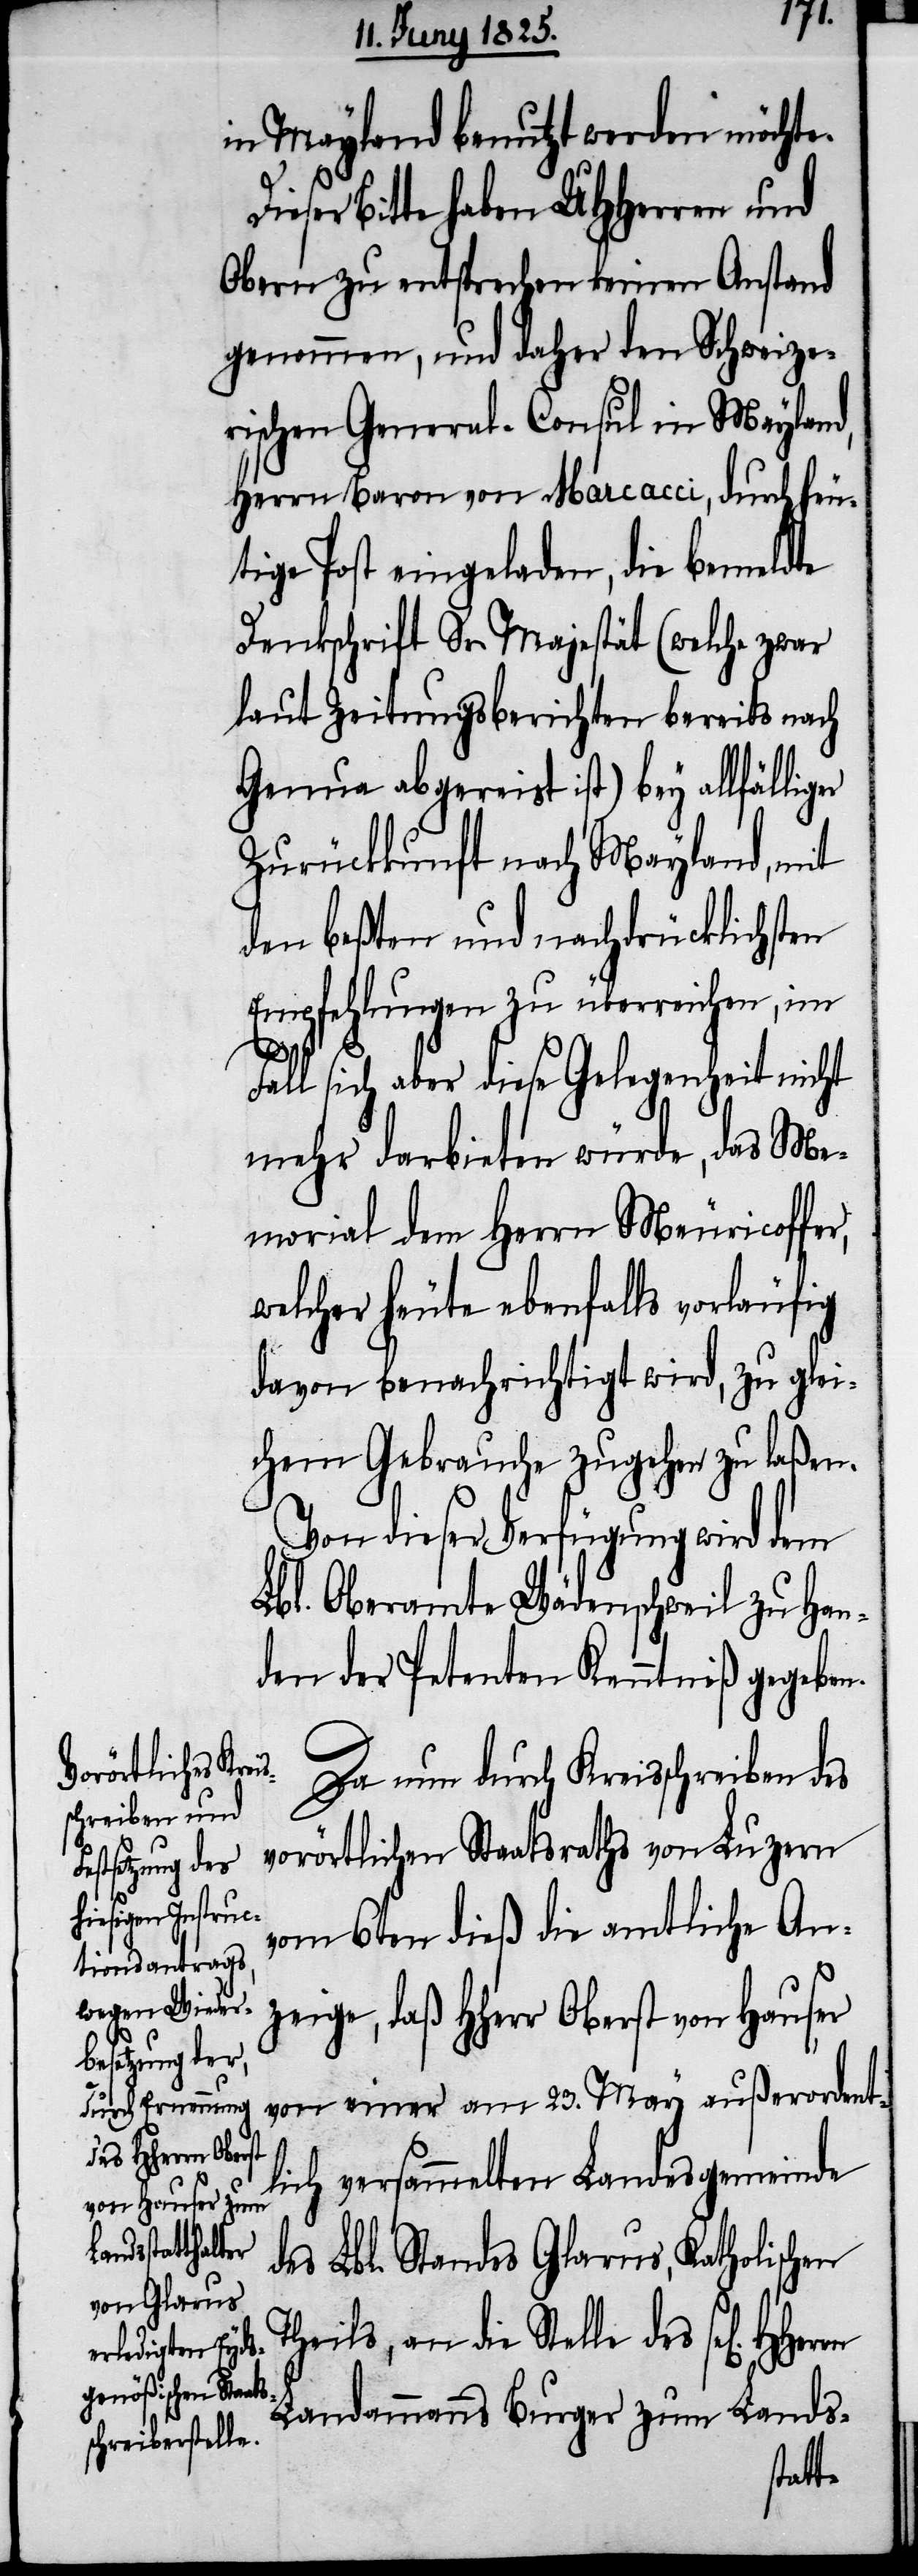
D¬
in Mayland benutzt werden möchte.
ieser Bitte haben UHHerren und
Obern zu entsprechen keinen Anstand
genommen, und daher den Schweize¬
rischen General-Consul in Mayland,
Herrn Baron von Marcacci, durch heu¬
tige Post eingeladen, die bemeldte
Denkschrift Sr. Majestät (welche zwar
laut Zeitungsberichten bereits nach
Genua abgereist ist) bey allfälliger
Zurückkunft nach Mayland, mit
den beßten und nachdrücklichsten
Empfehlungen zu überreichen, im
Fall sich aber diese Gelegenheit nicht
mehr darbieten würde, das Me¬
morial dem Herrn Meuricoffer,
welcher heute ebenfalls vorläufig
davon benachrichtigt wird, zu glei¬
chem Gebrauche zugehen zu laßen.
Von dieser Verfügung wird dem
Lbl. Oberamte Wädenschweil zu Han¬
den der Petenten Kenntniß gegeben.
Da nun durch Kreisschreiben des
vorörtlichen Staatsraths von Luzern
vom 6ten dieß die amtliche An¬
zeige, daß HHerr Oberst von Hauser
von einer am 23. May außerordent¬
lich versammelten Landesgemeinde
des Lbl. Standes Glarus, Katholischen
Theils, an die Stelle des
Landammanns Burger zum Lands-